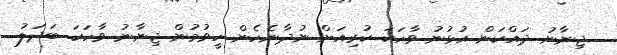
ޖިނާނު ދައްކަން އުޅުނު ވާހަކަ ކުރިއަށް ނުދާނެހެން ހީވުމުން ޖިނާނު ވާހަކަ ބަދަލު